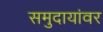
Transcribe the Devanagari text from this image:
समुदायांवर